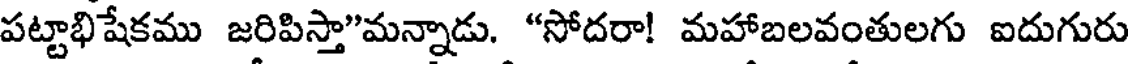
పట్టాభిషేకము జరిపిస్తా"మన్నాడు. "సోదరా! మహాబలవంతులగు ఐదుగురు